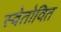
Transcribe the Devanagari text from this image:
स्वेतोवित